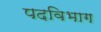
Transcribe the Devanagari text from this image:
पदविभाग